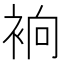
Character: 𧙹